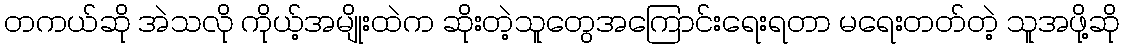
တကယ်ဆို အဲသလို ကိုယ့်အမျိုးထဲက ဆိုးတဲ့သူတွေအကြောင်းရေးရတာ မရေးတတ်တဲ့ သူအဖို့ဆို